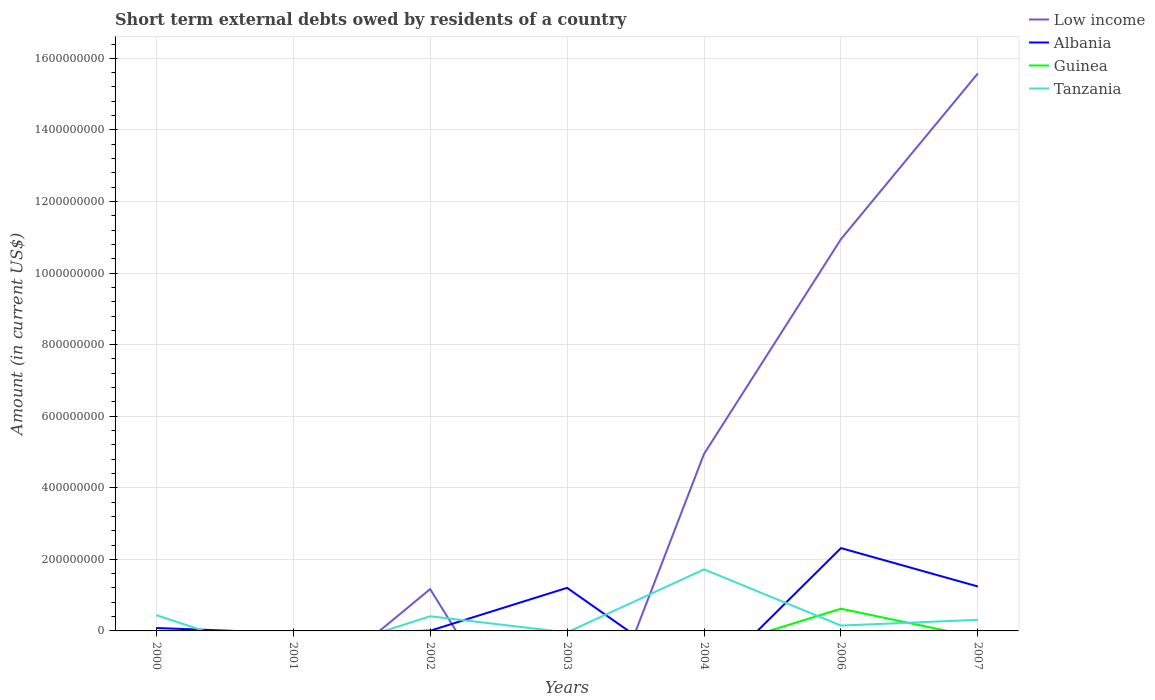
| Years | Low income | Albania | Guinea | Tanzania |
 | --- | --- | --- | --- | --- |
 | 2000 | -4.62e+08 | 8.19e+06 | -1.24e+07 | 4.41e+07 |
 | 2001 | -1.99e+08 | -6.22e+06 | -3.97e+07 | -8.19e+07 |
 | 2002 | 1.17e+08 | 5.3e+05 | 2.47e+06 | 4.1e+07 |
 | 2003 | -4.98e+08 | 1.2e+08 | -1.23e+08 | -4.15e+06 |
 | 2004 | 4.95e+08 | -1.48e+08 | -5.6e+07 | 1.72e+08 |
 | 2006 | 1.09e+09 | 2.31e+08 | 6.2e+07 | 1.5e+07 |
 | 2007 | 1.56e+09 | 1.24e+08 | -1.8e+07 | 3.1e+07 |